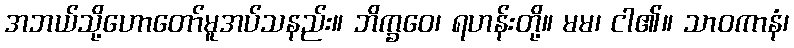
အဘယ်သို့ဟောတော်မူအပ်သနည်း။ ဘိက္ခဝေ၊ ရဟန်းတို့။ မမ၊ ငါ၏။ သာဝကာနံ၊